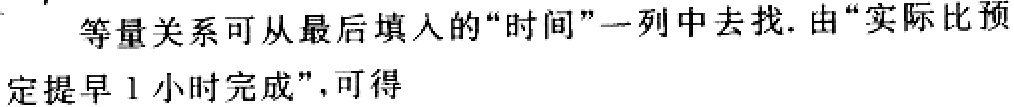
等量关系可从最后填入的“时间”一列中去找. 由“实际比预
定提早 1 小时完成”, 可得